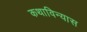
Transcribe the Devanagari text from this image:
कथाविन्यास